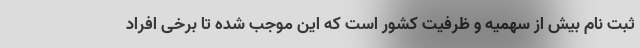
ثبت نام بیش از سهمیه و ظرفیت کشور است که این موجب شده تا برخی افراد